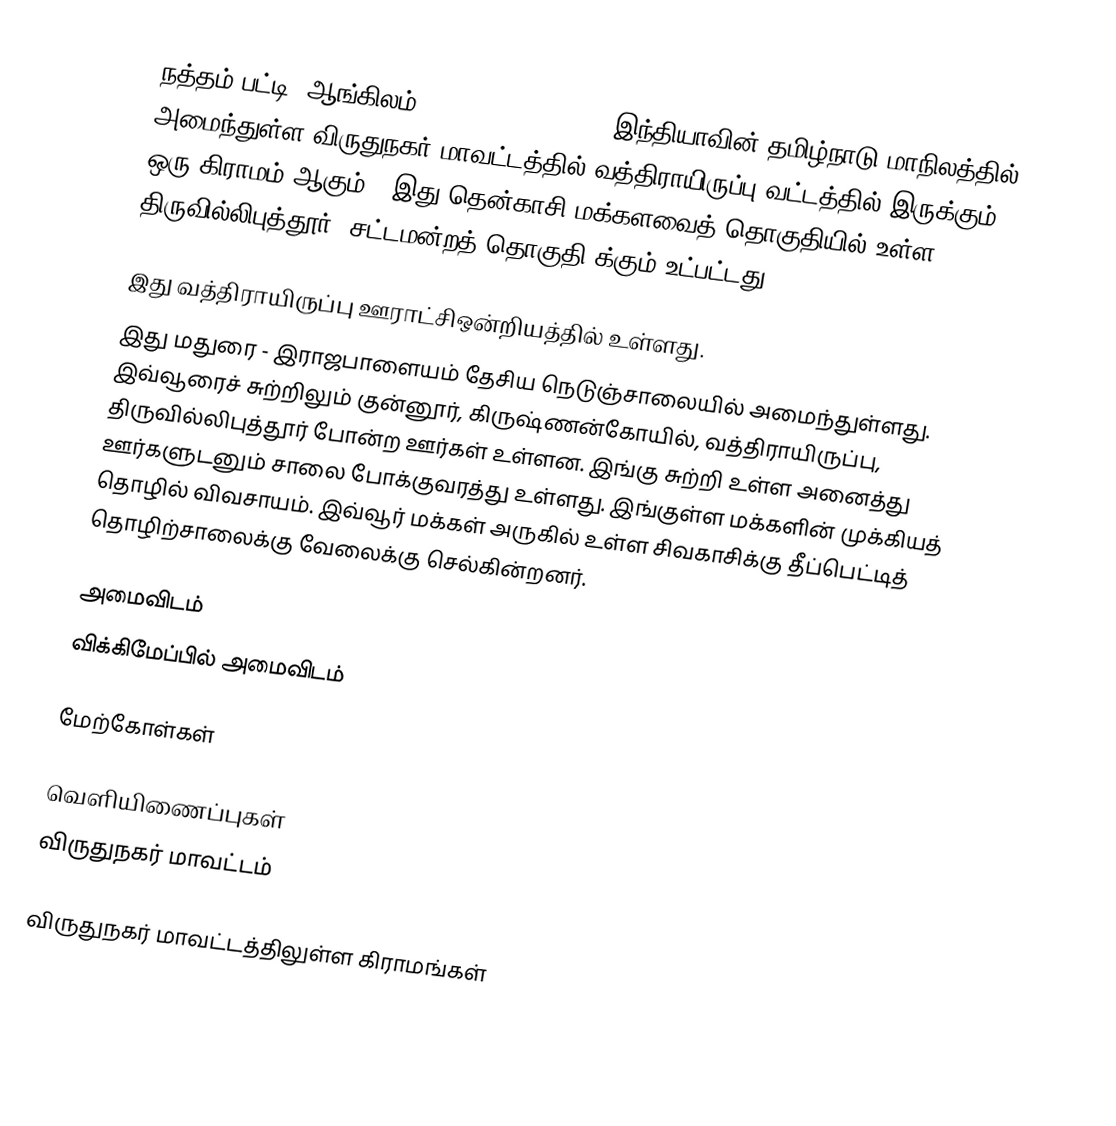
நத்தம் பட்டி (ஆங்கிலம் : :en:Natham Patti) இந்தியாவின் தமிழ்நாடு மாநிலத்தில் அமைந்துள்ள விருதுநகர் மாவட்டத்தில் வத்திராயிருப்பு வட்டத்தில் இருக்கும் ஒரு கிராமம் ஆகும்.. இது தென்காசி மக்களவைத் தொகுதியில் உள்ள திருவில்லிபுத்தூர் (சட்டமன்றத் தொகுதி)க்கும் உட்பட்டது.

இது வத்திராயிருப்பு ஊராட்சிஒன்றியத்தில் உள்ளது.
இது மதுரை - இராஜபாளையம் தேசிய நெடுஞ்சாலையில் அமைந்துள்ளது. இவ்வூரைச் சுற்றிலும் குன்னூர், கிருஷ்ணன்கோயில், வத்திராயிருப்பு, திருவில்லிபுத்தூர் போன்ற ஊர்கள் உள்ளன. இங்கு சுற்றி உள்ள அனைத்து ஊர்களுடனும் சாலை போக்குவரத்து உள்ளது. இங்குள்ள மக்களின் முக்கியத் தொழில் விவசாயம். இவ்வூர் மக்கள் அருகில் உள்ள சிவகாசிக்கு தீப்பெட்டித் தொழிற்சாலைக்கு வேலைக்கு செல்கின்றனர்.

அமைவிடம்
 விக்கிமேப்பில் அமைவிடம்

மேற்கோள்கள்

வெளியிணைப்புகள்
விருதுநகர் மாவட்டம்

விருதுநகர் மாவட்டத்திலுள்ள கிராமங்கள்